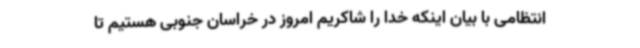
انتظامی با بیان اینکه خدا را شاکریم امروز در خراسان جنوبی هستیم تا